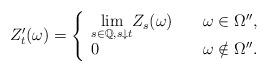
LaTeX: \begin{align*}{Z}'_t(\omega)= \left\{\begin{array}{ll}\underset {s\in {\mathbb Q}, s \downarrow t}\lim { Z}_s(\omega) \quad& \omega\in\Omega'',\\0 \quad& \omega\notin\Omega''.\end{array}\right.\end{align*}